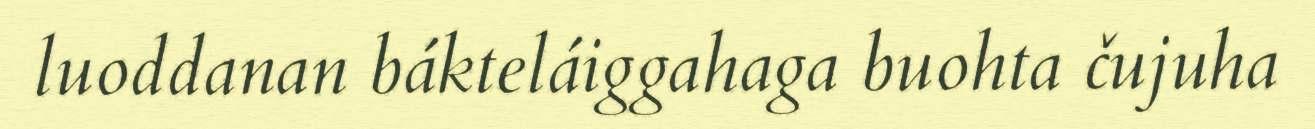
luoddanan bákteláiggahaga buohta čujuha